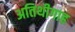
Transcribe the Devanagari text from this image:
अतिथीगाह